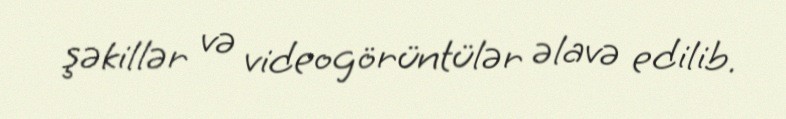
şəkillər və videogörüntülər əlavə edilib.